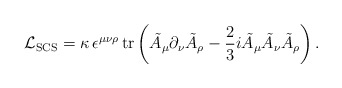
\begin{align*} {\cal L}_{\rm SCS} = \kappa \, \epsilon^{\mu\nu\rho}\, {\rm tr} \left( \tilde{A}_\mu \partial_\nu \tilde{A}_\rho - \frac23 i \tilde{A}_\mu \tilde{A}_\nu \tilde{A}_\rho \right).\end{align*}